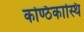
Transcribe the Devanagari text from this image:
कण्ठिकास्थि